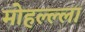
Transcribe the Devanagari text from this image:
मोहल्ल्ला